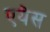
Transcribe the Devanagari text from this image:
एयेस